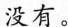
没有。